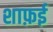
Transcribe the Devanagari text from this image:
शाफ़ई